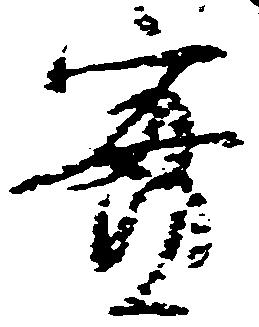
実